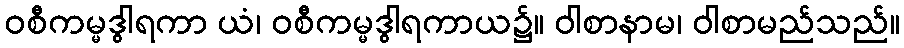
ဝစီကမ္မဒွါရကာ ယံ၊ ဝစီကမ္မဒွါရကာယ၌။ ဝါစာနာမ၊ ဝါစာမည်သည်။